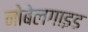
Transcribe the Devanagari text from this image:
नोबेलगाइड